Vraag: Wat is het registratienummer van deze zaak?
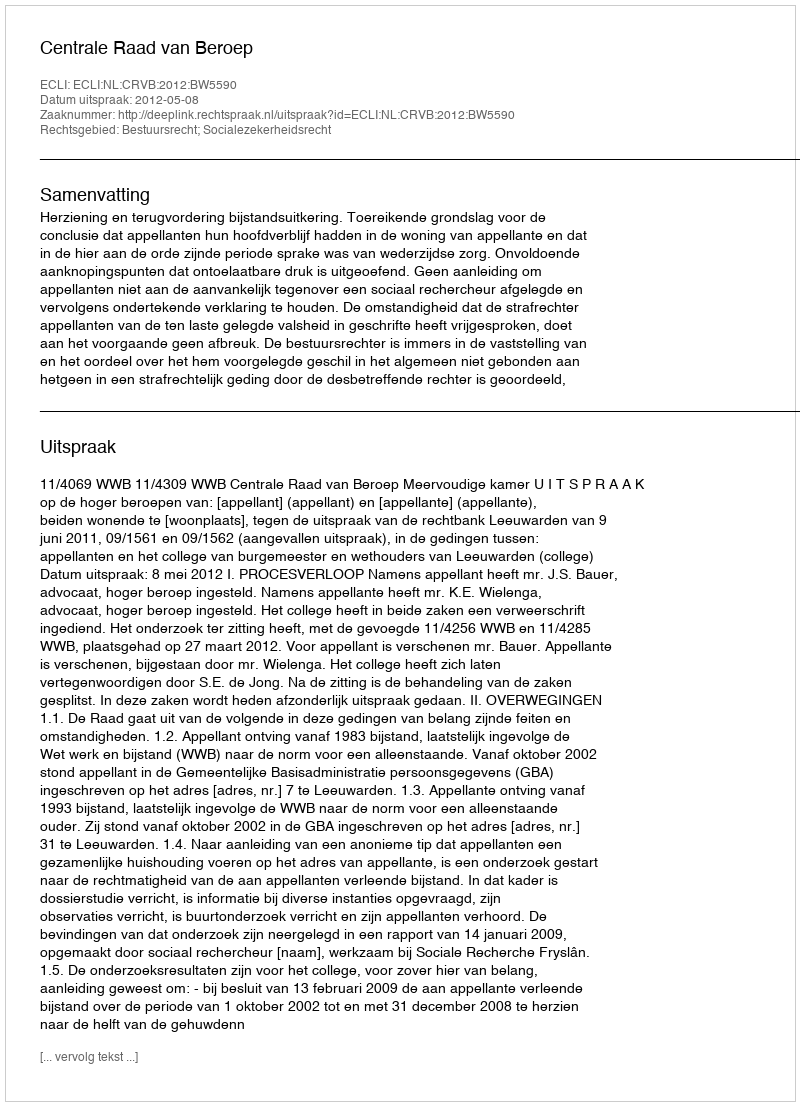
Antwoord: http://deeplink.rechtspraak.nl/uitspraak?id=ECLI:NL:CRVB:2012:BW5590